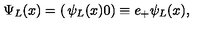
\Psi _ { L } ( x ) = \left( \begin{matrix} { \psi _ { L } ( x ) } \\ { 0 } \\ \end{matrix} \right) \equiv e _ { + } \psi _ { L } ( x ) ,